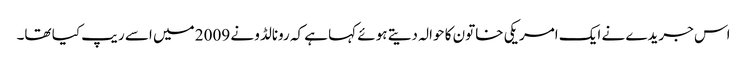
اس جریدے نے ایک امریکی خاتون کا حوالہ دیتے ہوئے کہا ہے کہ رونالڈو نے 2009 میں اسے ریپ کیا تھا۔